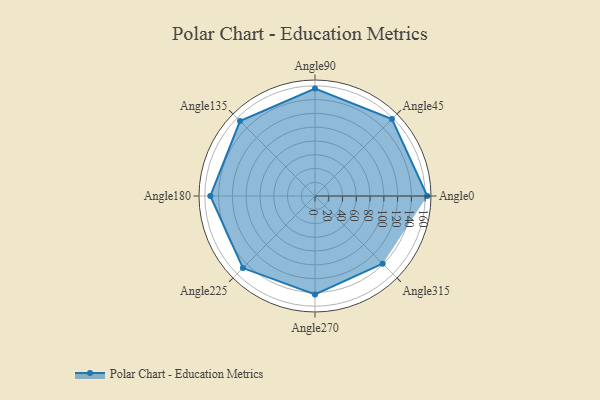
{"axis": {"x": "Angle", "y": "Radius"}, "legend": [""], "data": [{"x": "Angle0", "y": 163.0, "type": ""}, {"x": "Angle45", "y": 158.0, "type": ""}, {"x": "Angle90", "y": 156.0, "type": ""}, {"x": "Angle135", "y": 154.0, "type": ""}, {"x": "Angle180", "y": 152.0, "type": ""}, {"x": "Angle225", "y": 148.0, "type": ""}, {"x": "Angle270", "y": 143.0, "type": ""}, {"x": "Angle315", "y": 139.0, "type": ""}]}